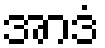
အာဒံ